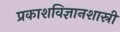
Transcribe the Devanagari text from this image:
प्रकाशविज्ञानशास्री